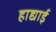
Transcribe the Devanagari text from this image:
हाद्याई